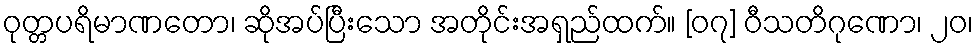
ဝုတ္တပရိမာဏတော၊ ဆိုအပ်ပြီးသော အတိုင်းအရှည်ထက်။ [၀၇] ဝီသတိဂုဏော၊ ၂၀၊